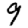
Digit: 9